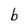
Character: b